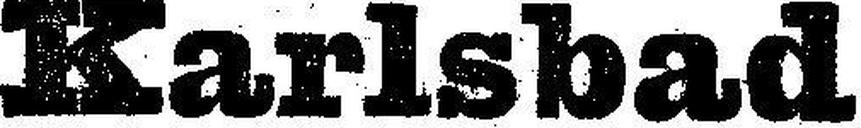
Karlsbad